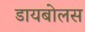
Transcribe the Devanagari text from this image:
डायबोलस